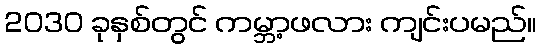
2030 ခုနှစ်တွင် ကမ္ဘာ့ဖလား ကျင်းပမည်။